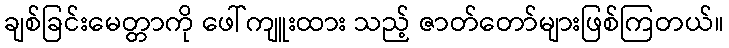
ချစ်ခြင်းမေတ္တာကို ဖေါ်ကျူးထား သည့် ဇာတ်တော်များဖြစ်ကြတယ်။